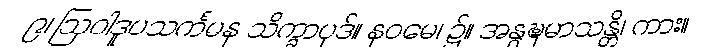
၉၊ ဩဝါဒူပသင်္ကမန သိက္ခာပုဒ်။ နဝမေ၊ ၌။ အနွဍ္ဎမာသန္တိ၊ ကား။